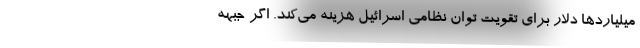
میلیاردها دلار برای تقویت توان نظامی اسرائیل هزینه می‌کند. اگر جبهه